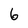
Character: 6